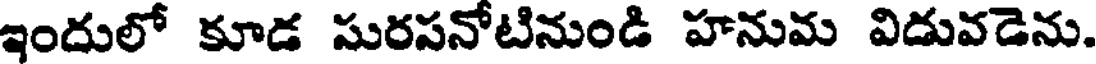
ఇందులో కూడ సురసనోటినుండి హనుమ విడువడెను.